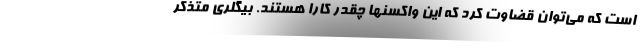
است که می‌توان قضاوت کرد که این واکسنها چقدر کارا هستند. بیگلری متذکر